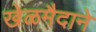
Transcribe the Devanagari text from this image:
खेळमैदाने